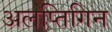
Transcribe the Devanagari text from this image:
अलप्तिगिन